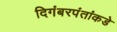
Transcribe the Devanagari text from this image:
दिगंबरपंतांकडे